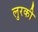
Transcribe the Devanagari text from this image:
लुरकी